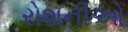
રોશનીઓ